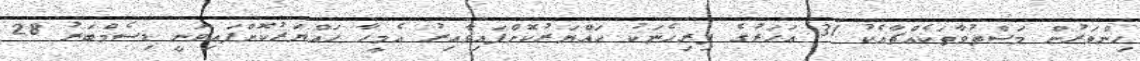
ހިންވަރުން މަސްތުވާތަކެއްޗާއެކު 31 އަހަރުގެ ފިރިހެނަކު ހައްޔަރުކޮށްފައިވާއިރު އެމީހާ ހައްޔަރުކޮށްފައިވަނީ ޑިސެމްބަރު 28